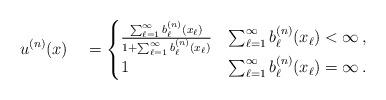
LaTeX: \begin{align*}u^{(n)}(x)\quad=\begin{cases}\frac{\sum_{\ell=1}^\infty b^{(n)}_\ell(x_\ell)}{1+\sum_{\ell=1}^\infty b^{(n)}_\ell(x_\ell)} & \sum_{\ell=1}^\infty b^{(n)}_\ell(x_\ell)<\infty\,,\\1 & \sum_{\ell=1}^\infty b^{(n)}_\ell(x_\ell)=\infty\,.\end{cases}\end{align*}